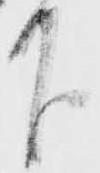
下